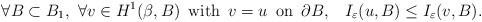
LaTeX: \begin{align*}\forall B\subset B_1,\,\,\forall v\in H^1(\beta,B)\,\textrm{ with }\,v=u\,\textrm{ on }\,\partial B,\,\,\,\,\,I_\varepsilon(u,B)\leq I_\varepsilon(v,B).\end{align*}